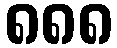
၈၈၈